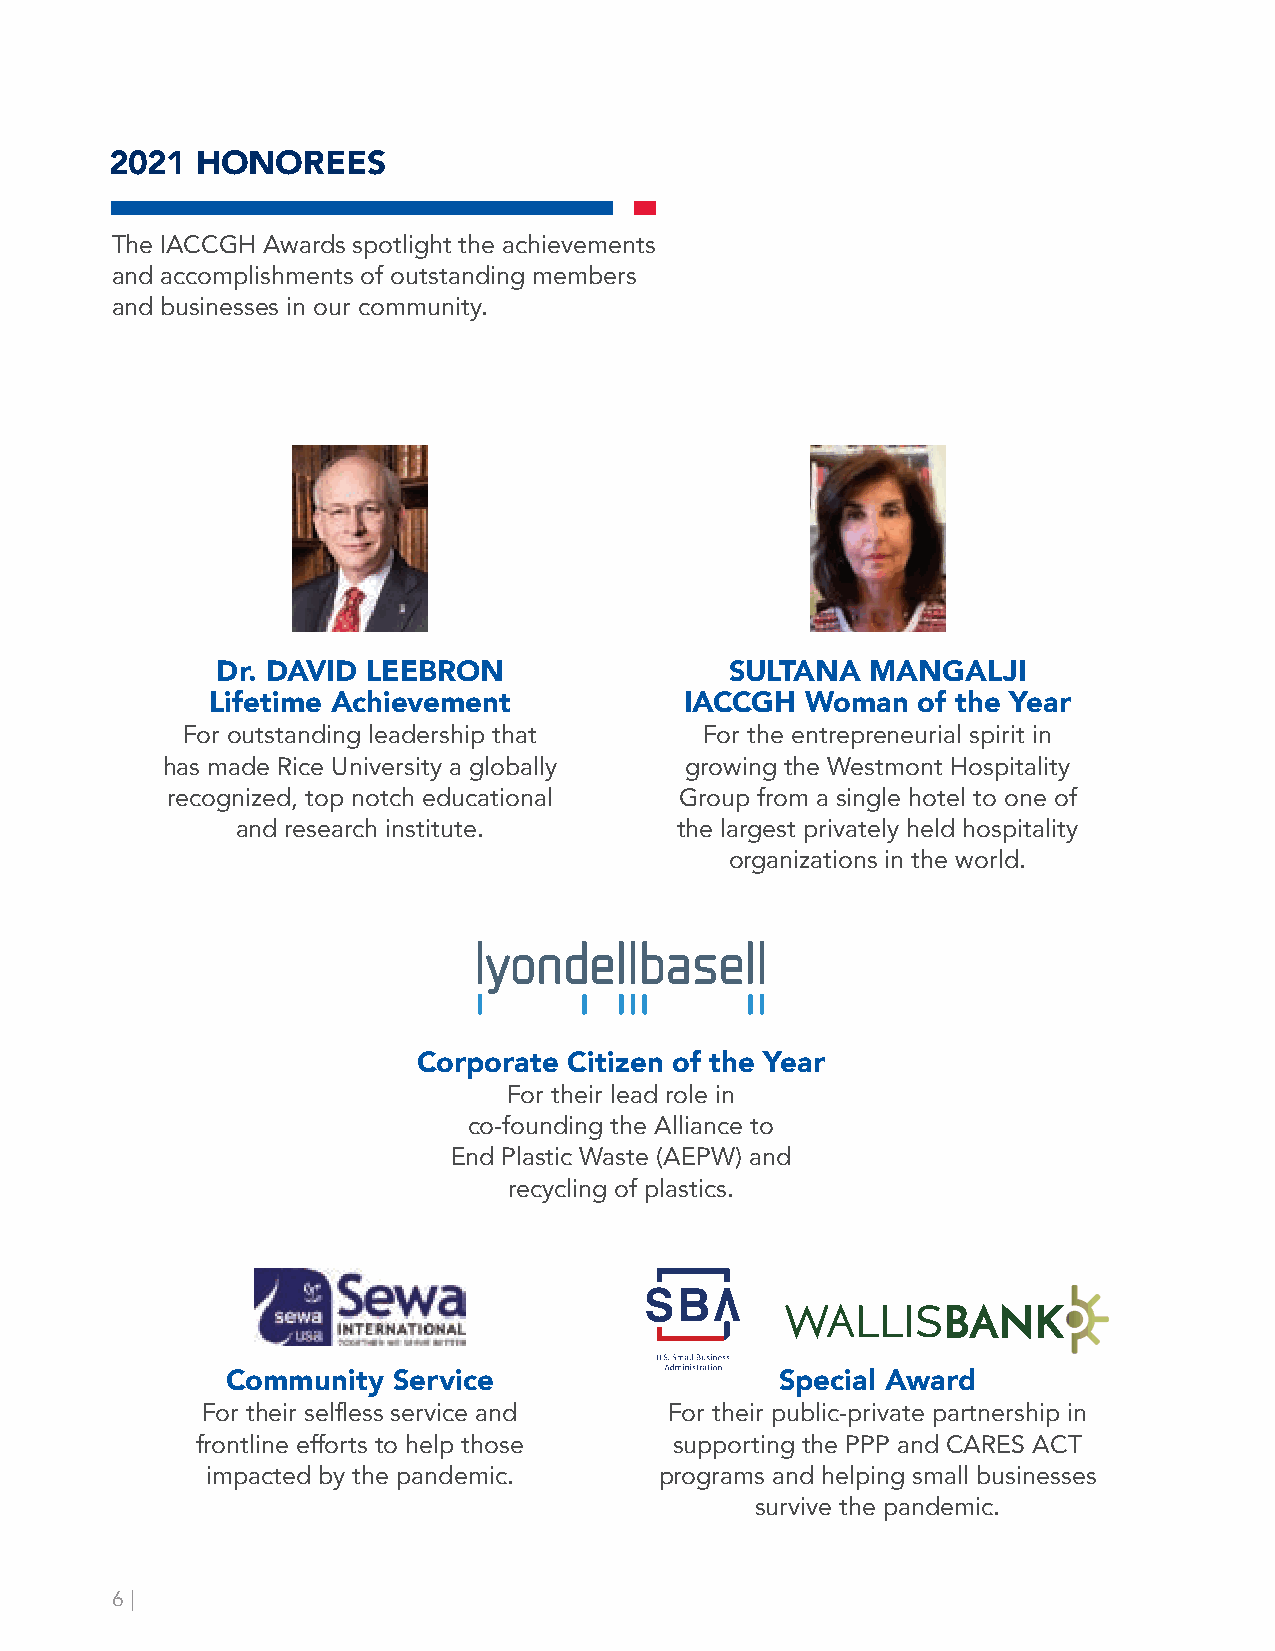
2021  HONOREES
 The IACCGH Awards spotlight the achievements
 and accomplishments of outstanding members
 and businesses in our community.
 Dr. DAVID LEEBRON                 SULTANA   MANGALJI
 Lifetime Achievement           IACCGH  Woman   of the Year
 For outstanding leadership that    For the entrepreneurial spirit in
 has made Rice University a globally growing the Westmont Hospitality
 recognized, top notch educational Group from a single hotel to one of
 and research institute.      the largest privately held hospitality
 organizations in the world.
 Corporate Citizen of the Year
 For their lead role in
 co-founding the Alliance to
 End Plastic Waste (AEPW) and
 recycling of plastics.
 Community  Service                   Special Award
 For their selfless service and For their public-private partnership in
 frontline efforts to help those supporting the PPP and CARES ACT
 impacted by the pandemic.     programs and helping small businesses
 survive the pandemic.
 6 |